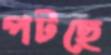
পটছে